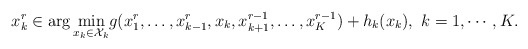
\begin{align*}x_k^r \in \arg\min_{x_k\in \mathcal{X}_k} &g(x_1^{r},\ldots,x_{k-1}^{r},x_k,x_{k+1}^{r-1},\ldots, x_K^{r-1})+h_k(x_k), \ k=1,\cdots, K.\end{align*}